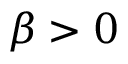
\beta > 0